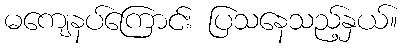
မကျေနပ်ကြောင်း ပြသနေသည့်နှယ်။